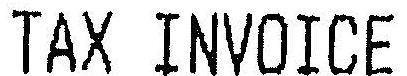
TAX INVOICE